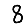
Digit: 8